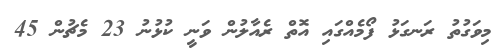
މިވަގުތު ރަނގަޅު ފޯމެއްގައި އޮތް ރެއާލުން ވަނީ ކުޅުނު 23 މެޗުން 45